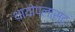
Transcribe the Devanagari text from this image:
थायोप्लास्ट